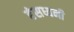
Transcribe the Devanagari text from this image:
हंसध्वनी